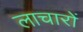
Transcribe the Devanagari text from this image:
लाचारों